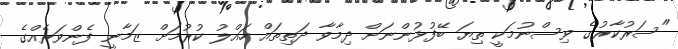
"ސަރުކާރުގެ ވިސްނުމަކީ ތިޔަ ބޭފުޅުންނަށް ދިމާވާ ދަތިތައް ހައްލު ކުރުމަށް ޒަމާނީ ފެންވަރެއްގެ